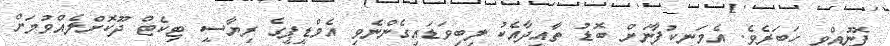
ފޮނުއްވި ހަބަރެވެ. އެމަނިކުފާނަށް ބޮޑު ތާއީދާއެކު ލިބިވަޑައިގެންނެވި އެމްޑީޕީގެ ރިޔާސީ ޓިކެޓް ދޫކޮށްލެއްވުމަށް